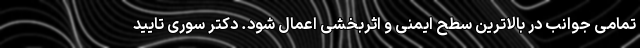
تمامی جوانب در بالاترین سطح ایمنی و اثربخشی اعمال شود. دکتر سوری تایید